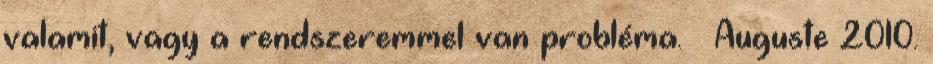
valamit, vagy a rendszeremmel van probléma. – Auguste 2010.